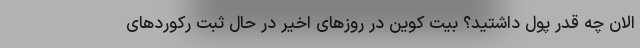
الان چه قدر پول داشتید؟ بیت کوین در روزهای اخیر در حال ثبت رکوردهای